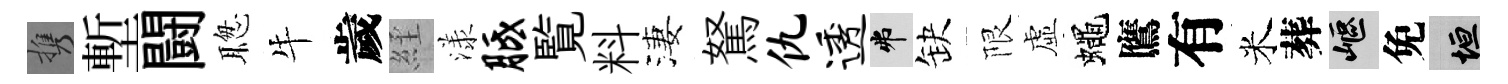
携塹闘聦牛歲𦀇漾胝覧料淒駑仇透弗缺限虛蠅鷹有米葬嶇免垣